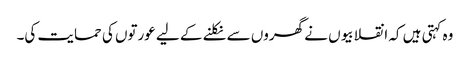
وہ کہتی ہیں کہ انقلابیوں نے گھروں سے نکلنے کے لیے عورتوں کی حمایت کی۔